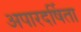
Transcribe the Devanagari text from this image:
अपारदर्षिता